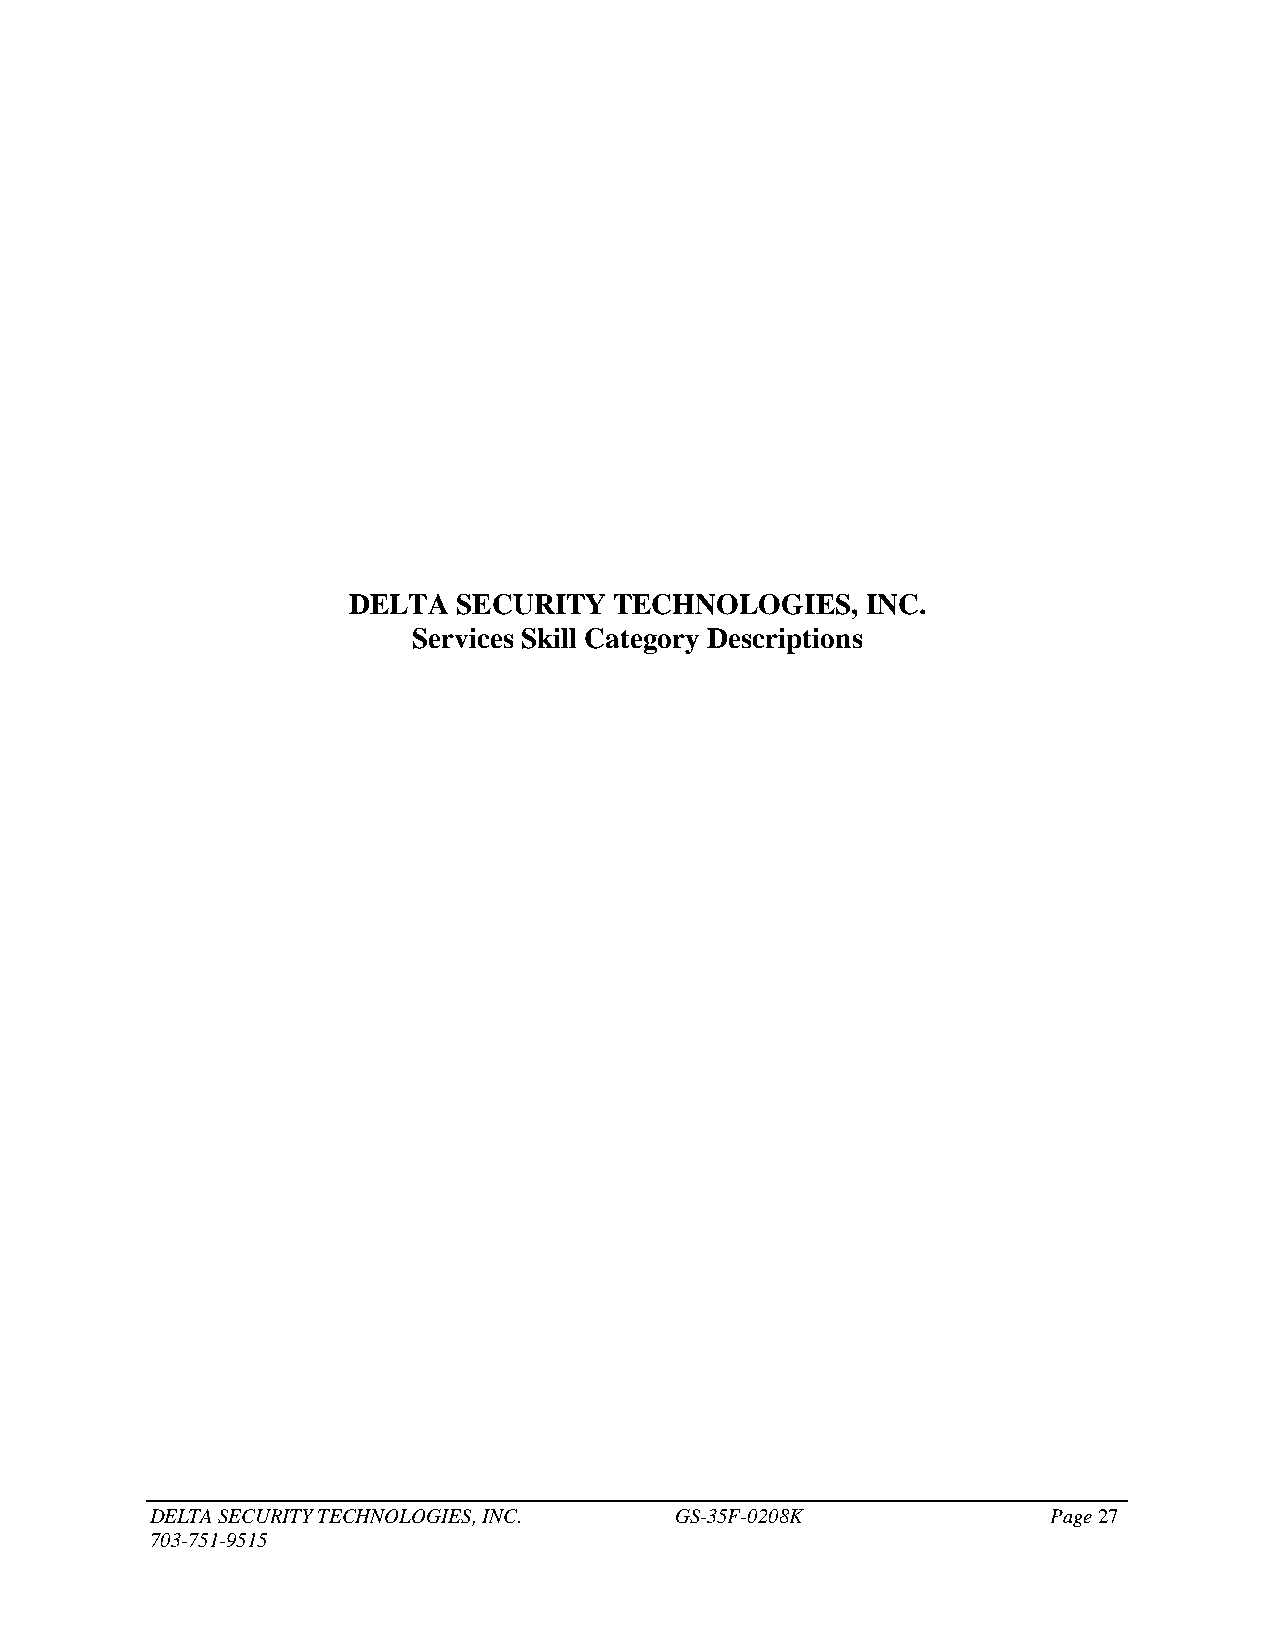
DELTA  SECURITY   TECHNOLOGIES,   INC.
 Services Skill Category Descriptions
 DELTA SECURITY TECHNOLOGIES, INC.  GS-35F-0208K             Page 27
 703-751-9515